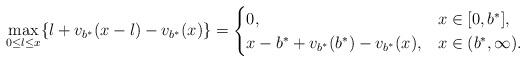
LaTeX: \begin{align*}\max_{0 \leq l \leq x} \lbrace l + v_{b^*}(x-l) - v_{b^*}(x) \rbrace = \begin{cases}0, & x \in [0,b^*], \\ x-b^* + v_{b^*}(b^*) - v_{b^*}(x) , & x \in (b^*,\infty).\end{cases}\end{align*}